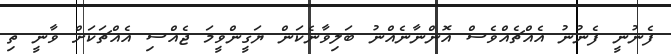
ފެނުނީ ފެނުނު އެއްޗެއްވެސް އޮންނާނެއްނު ބަލިވާނެކަން ޔަގީންވީމަ ޖެއްސި އެއްޗަކަށް ވާނީ ތި